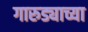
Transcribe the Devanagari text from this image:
गारुड्याच्या